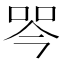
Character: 𭇾